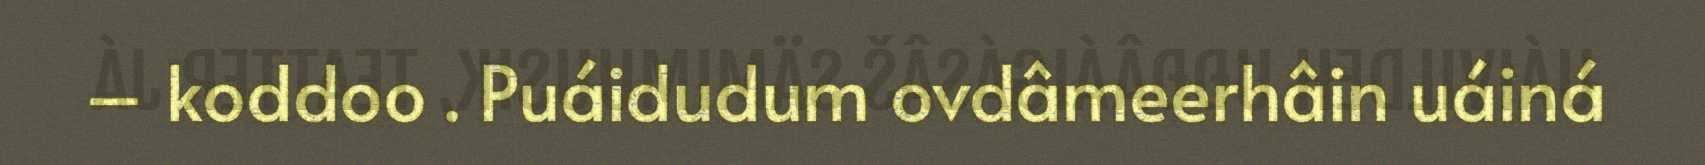
– koddoo . Puáidudum ovdâmeerhâin uáiná